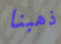
ذهبنا